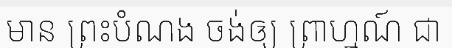
មាន ព្រះបំណង ចង់ឲ្យ ព្រាហ្មណ៍ ជា